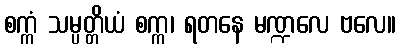
စက္ကံ သမ္ပတ္တိယံ စက္က၊ ရတနေ မဏ္ဍလေ ဗလေ။